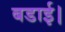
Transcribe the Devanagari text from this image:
बडाई।